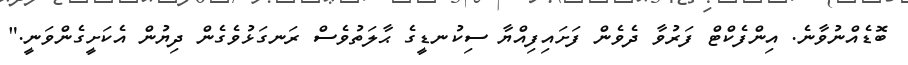
ބޮޑެއްނުވާނެ. އިންފެކްޓް ފަރުވާ ދެވެން ފަށައިފިއްޔާ ސިކުނޑީގެ ޙާލަތުވެސް ރަނގަޅުވެގެން ދިޔުން އެކަށީގެންވަނީ."